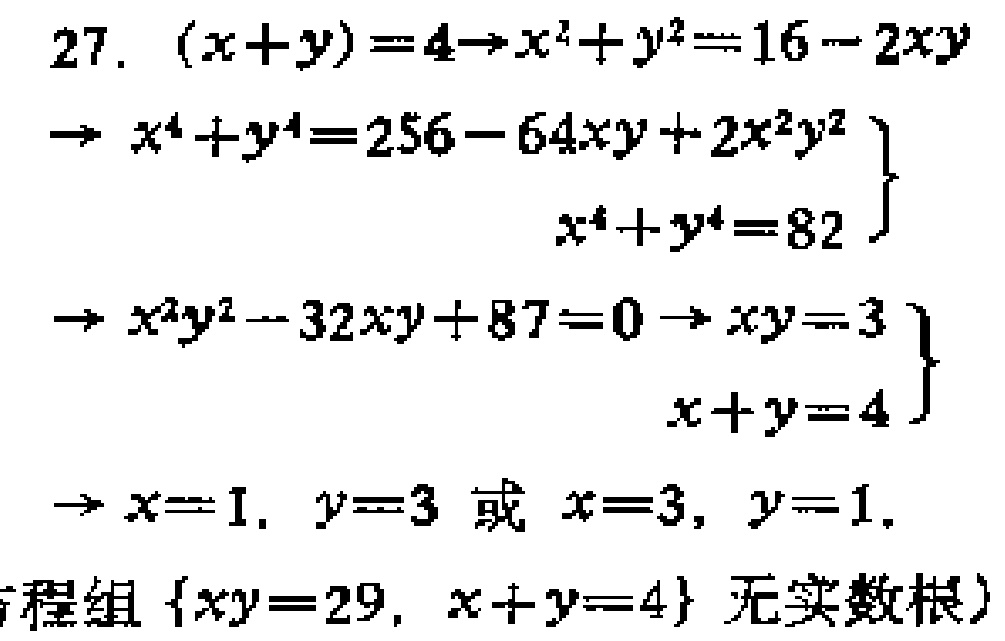
\[
\begin{align*}
&(x + y) = 4\to x^{2}+y^{2}=16 - 2xy\\
&\to x^{4}+y^{4}=256 - 64xy + 2x^{2}y^{2}\\
&\left.\begin{array}{r}
x^{4}+y^{4}=82
\end{array}\right\}\\
&\to x^{2}y^{2}-32xy + 87 = 0\to xy = 3\\
&\left.\begin{array}{r}
x + y = 4
\end{array}\right\}\\
&\to x = 1, y = 3\text{ 或 }x = 3, y = 1.\\
&(\text{方程组 }\{xy = 29, x + y = 4\}\text{ 无实数根})
\end{align*}
\]